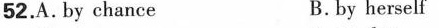
52.A. by chance B. by herself